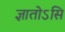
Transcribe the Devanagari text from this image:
ज्ञातोऽसि